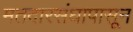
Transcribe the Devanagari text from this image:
मतदारसंघापासून